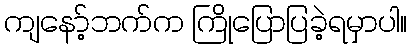
ကျနော့်ဘက်က ကြိုပြောပြခဲ့ရမှာပါ။